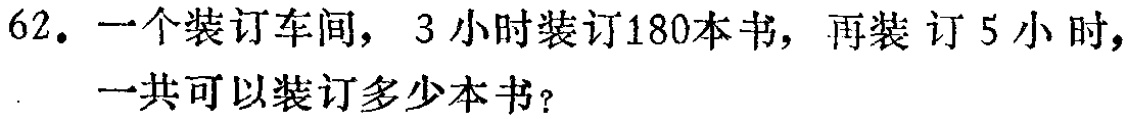
62. 一个装订车间，3小时装订180本书，再装订5小时，一共可以装订多少本书？